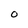
Character: O